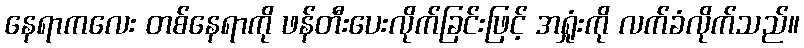
နေရာကလေး တစ်နေရာကို ဖန်တီးပေးလိုက်ခြင်းဖြင့် အရှုံးကို လက်ခံလိုက်သည်။